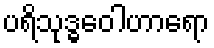
ပရိသုဒ္ဓဝေါဟာရော